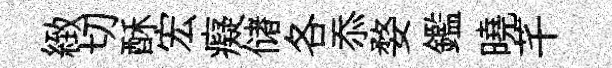
緻切酥宏癡储各忝婺鑑曉芊